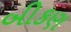
બીકણ